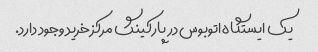
یک ایستگاه اتوبوس در پارکینگ مرکز خرید وجود دارد.